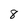
Character: 8